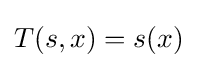
T(s,x)=s(x)